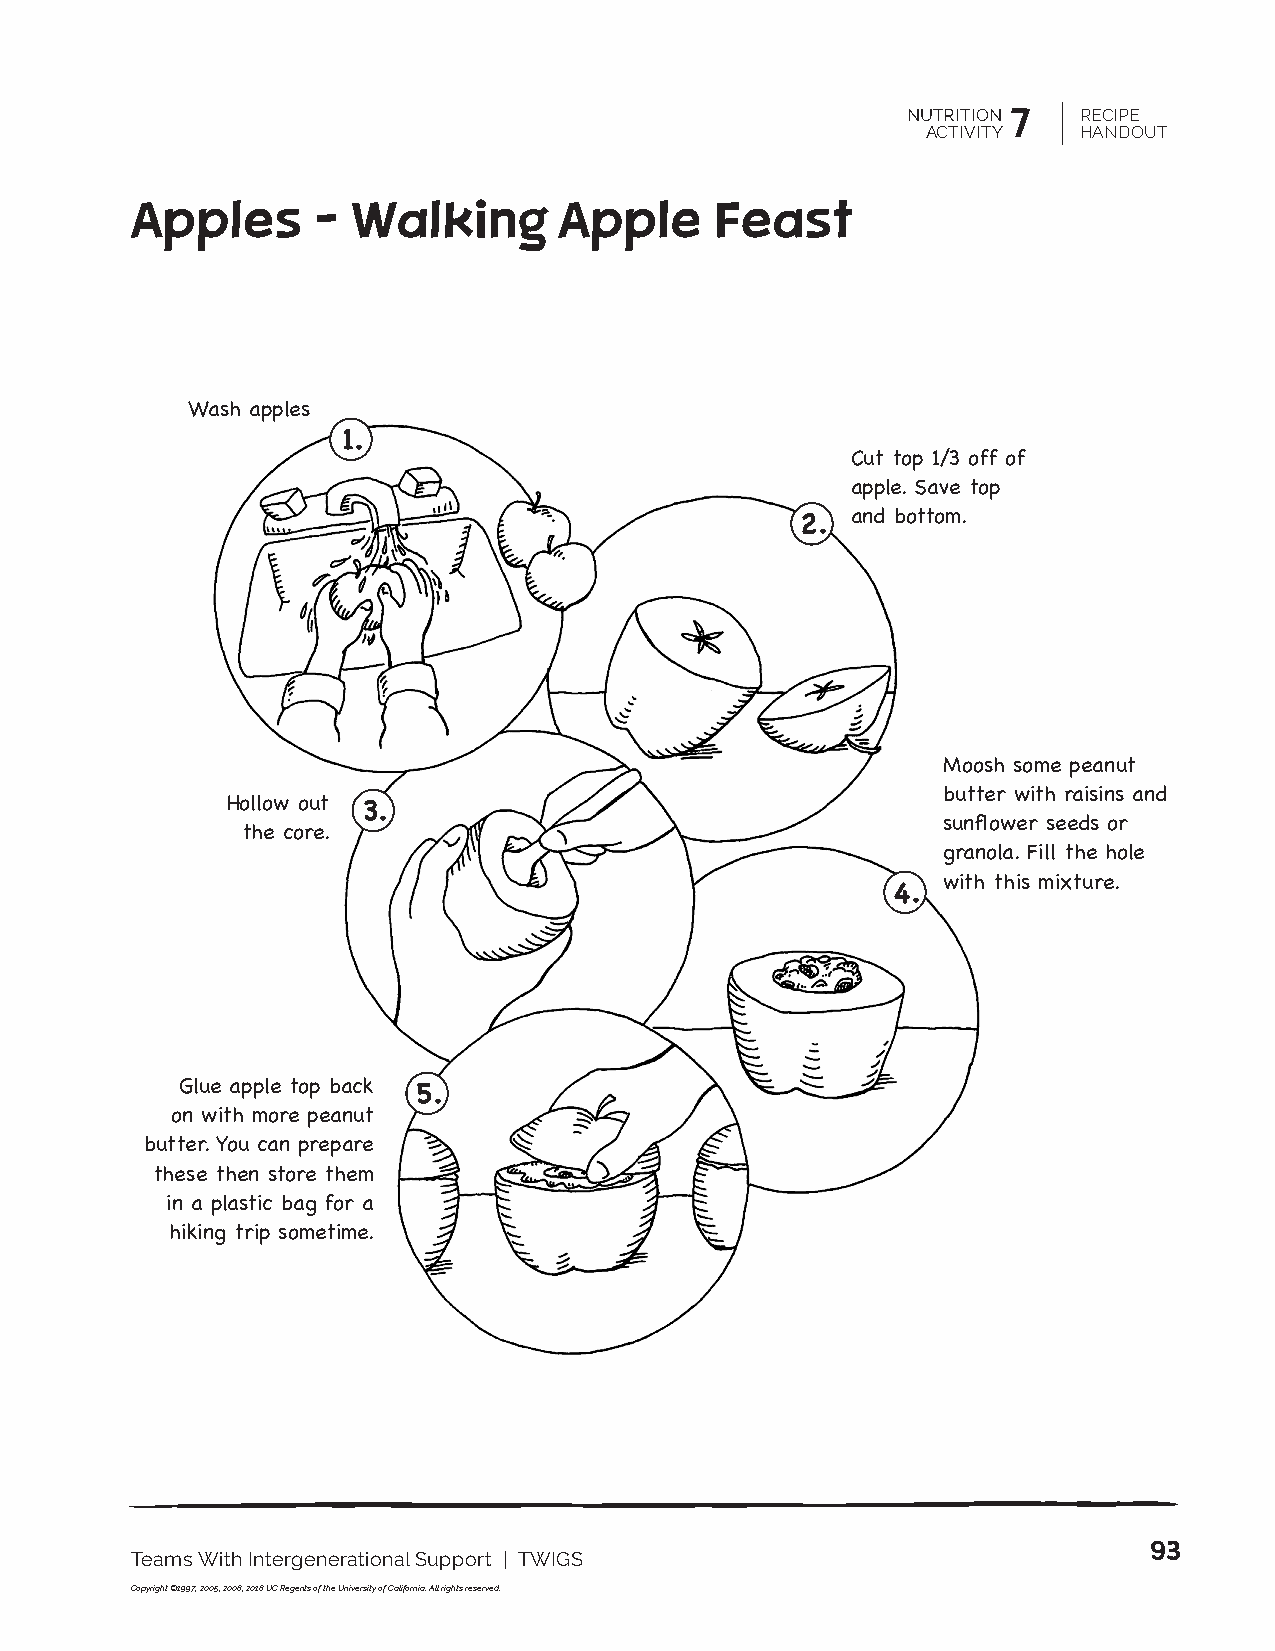
NUTRITION 7 RECIPE
 ACTIVITY  HANDOUT
 Apples      – Walking       Apple     Feast
 Wash apples
 1.
 Cut top 1/3 off of
 apple. Save top
 and bottom.
 2.
 Moosh some peanut
 butter with raisins and
 Hollow out
 3.
 sunflower seeds or
 the core.
 granola. Fill the hole
 with this mixture.
 4.
 Glue apple top back
 5.
 on with more peanut
 butter. You can prepare
 these then store them
 in a plastic bag for a
 hiking trip sometime.
 93
 Teams With Intergenerational Support | TWIGS
 Copyright ©1997, 2005, 2008, 2018 UC Regents of the University of California. All rights reserved.